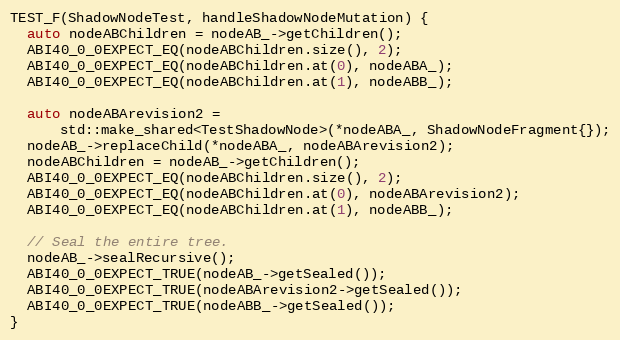
Language: C++
TEST_F(ShadowNodeTest, handleShadowNodeMutation) {
  auto nodeABChildren = nodeAB_->getChildren();
  ABI40_0_0EXPECT_EQ(nodeABChildren.size(), 2);
  ABI40_0_0EXPECT_EQ(nodeABChildren.at(0), nodeABA_);
  ABI40_0_0EXPECT_EQ(nodeABChildren.at(1), nodeABB_);

  auto nodeABArevision2 =
      std::make_shared<TestShadowNode>(*nodeABA_, ShadowNodeFragment{});
  nodeAB_->replaceChild(*nodeABA_, nodeABArevision2);
  nodeABChildren = nodeAB_->getChildren();
  ABI40_0_0EXPECT_EQ(nodeABChildren.size(), 2);
  ABI40_0_0EXPECT_EQ(nodeABChildren.at(0), nodeABArevision2);
  ABI40_0_0EXPECT_EQ(nodeABChildren.at(1), nodeABB_);

  // Seal the entire tree.
  nodeAB_->sealRecursive();
  ABI40_0_0EXPECT_TRUE(nodeAB_->getSealed());
  ABI40_0_0EXPECT_TRUE(nodeABArevision2->getSealed());
  ABI40_0_0EXPECT_TRUE(nodeABB_->getSealed());
}